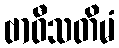
ဗာဝီသတိမံ